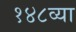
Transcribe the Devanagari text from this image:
१४८व्या